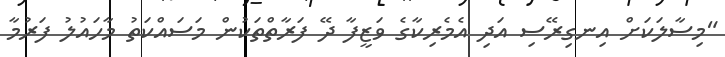
"މިސާލަކަށް އިނގިރޭސި އަދި އެމެރިކާގެ ވަޒީފާ ދޭ ފަރާތްތަކުން މަސައްކަތު މާހައުލު ފަރުމާ